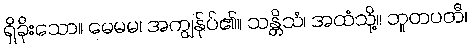
ရှိခိုးသော။ မေမမ၊ အကျွန်ုပ်၏။ သန္တိသံ၊ အထံသို့။ ဘူတပတီ၊